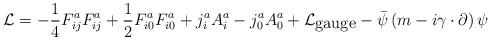
LaTeX: \begin{align*}{\cal L}=-\frac{1}{4}F_{ij}^aF_{ij}^a+\frac{1}{2}F_{i0}^aF_{i0}^a+j_i^aA_i^a-j_0^aA_0^a+{\cal L}_{\mbox{gauge}}-{\bar \psi}\left(m-i{\gamma}\cdot\partial\right)\psi\end{align*}